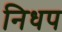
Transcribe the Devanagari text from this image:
निधप